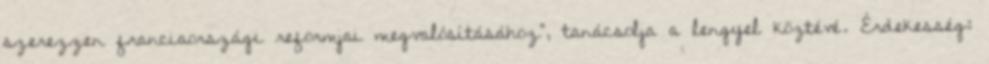
szerezzen franciaországi reformjai megvalósításához”, tanácsolja a lengyel köztévé. Érdekesség: